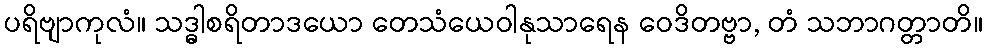
ပရိဗျာကုလံ။ သဒ္ဓါစရိတာဒယော တေသံယေဝါနုသာရေန ဝေဒိတဗ္ဗာ, တံ သဘာဂတ္တာတိ။